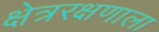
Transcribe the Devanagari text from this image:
क्षेत्ररक्षणाला